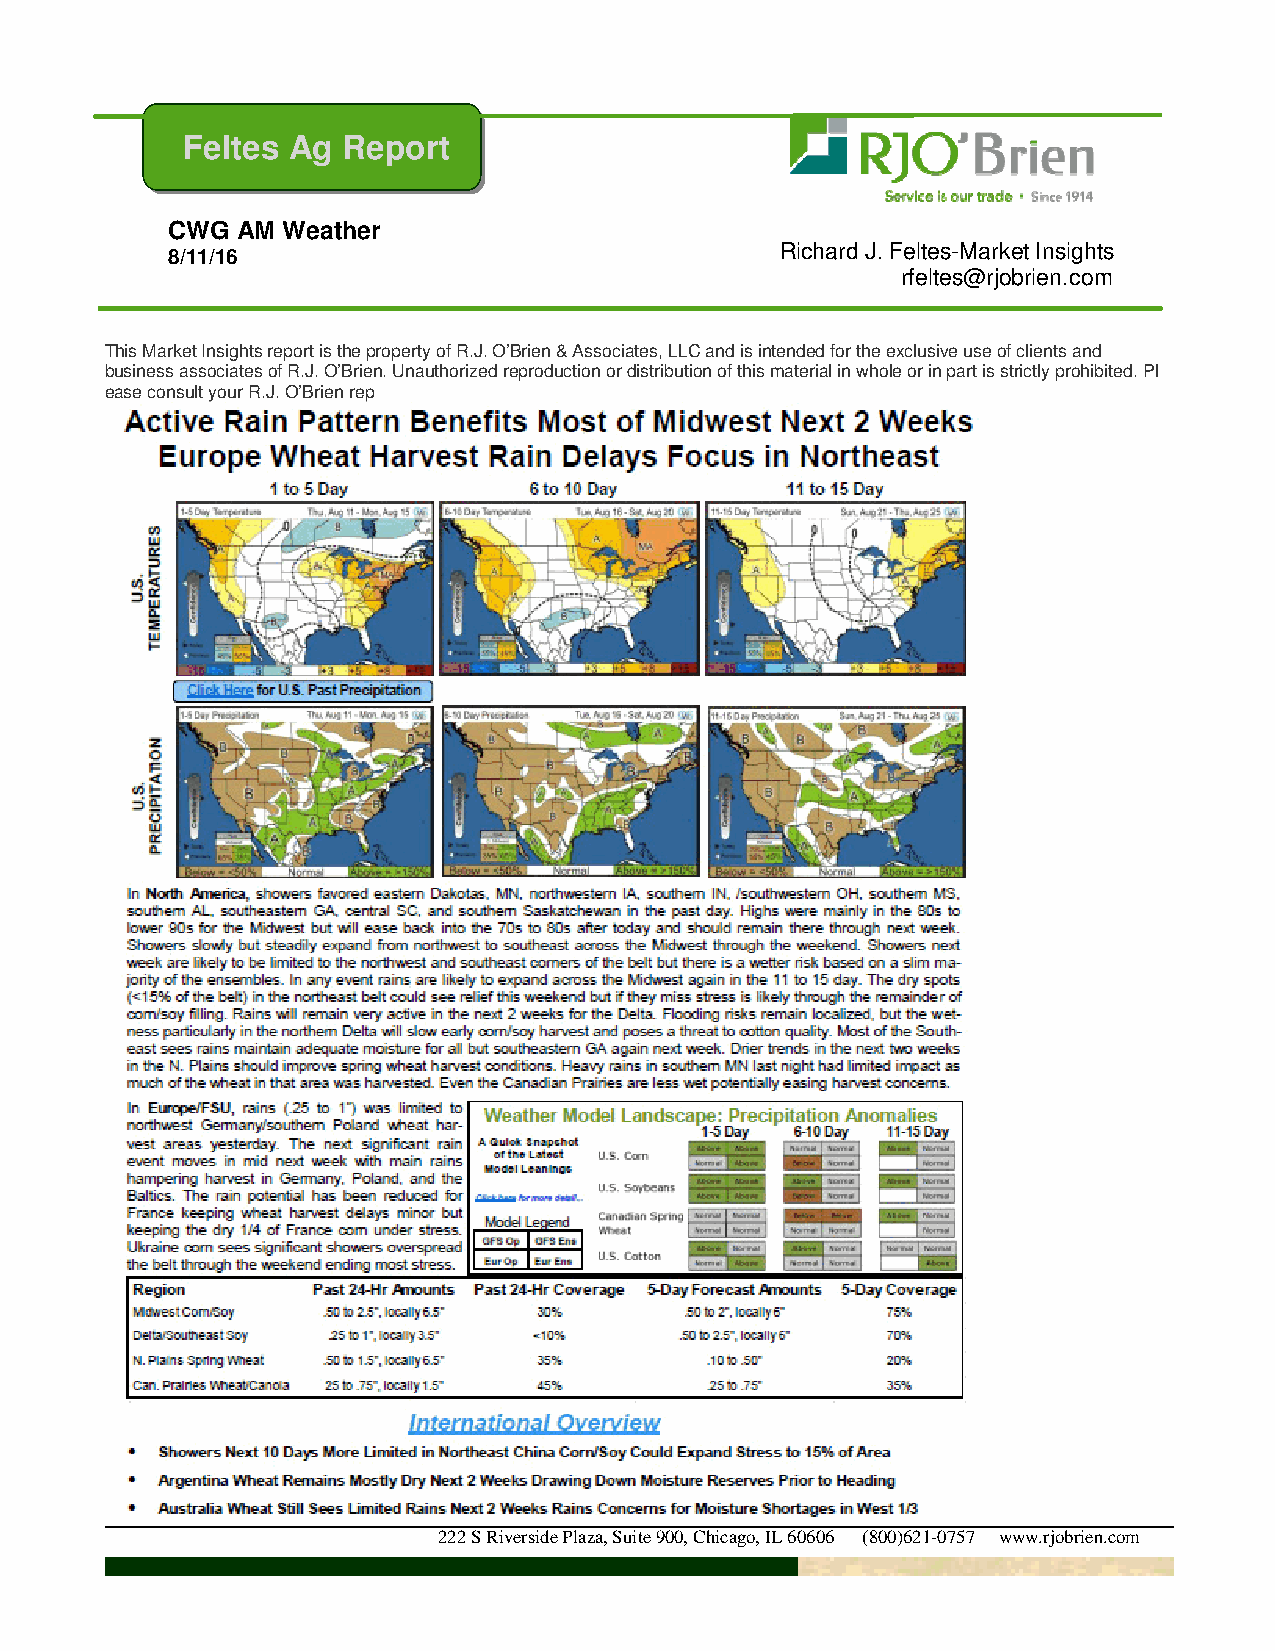
Feltes Ag  Report
 CWG  AM Weather
 8/11/16
 Richard J. Feltes-Market Insights
 rfeltes@rjobrien.com
 This Market Insights report is the property of R.J. O’Brien & Associates, LLC and is intended for the exclusive use of clients and
 business associates of R.J. O’Brien. Unauthorized reproduction or distribution of this material in whole or in part is strictly prohibited. Pl
 ease consult your R.J. O’Brien rep
 222 S Riverside Plaza, Suite 900, Chicago, IL 60606 (800)621-0757 www.rjobrien.com